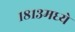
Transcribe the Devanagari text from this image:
१८१३मध्ये